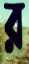
র